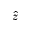
\widehat { z }